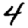
Digit: 4